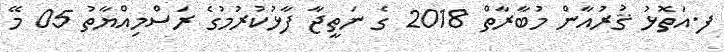
ފ.އަތޮޅު ޤުރުއާން މުބާރާތް 2018 ގެ ނަތީޖާ ފާޅުކުރުމުގެ ރަސްމިއްޔާތު 05 މޭ